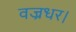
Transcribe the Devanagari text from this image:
वज्रधर।